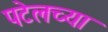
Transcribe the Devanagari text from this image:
पटेलच्या